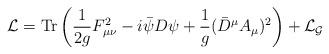
LaTeX: \begin{align*}{\cal L} = {\rm Tr} \left( \frac{1}{2g}F_{\mu\nu}^2-i{\bar \psi}D{\psi}+\frac{1}{g}({\bar D}^{\mu}A_{\mu})^2 \right) +{\cal L}_{\cal G}\,\end{align*}